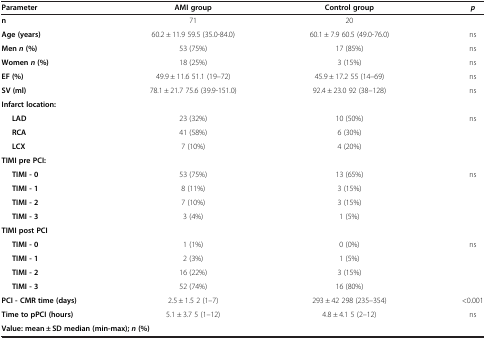
<table><thead><tr><td><b>Parameter</b></td><td><b>AMI group</b></td><td><b>Control group</b></td><td><b><i>p</i></b></td></tr></thead><tbody><tr><td><b>n</b></td><td>71</td><td>20</td><td>[EMPTY_CELL]</td></tr><tr><td><b>Age (years)</b></td><td>60.2 ± 11.9 59.5 (35.0-84.0)</td><td>60.1 ± 7.9 60.5 (49.0-76.0)</td><td>ns</td></tr><tr><td><b>Men </b><b><i>n </i></b><b>(%)</b></td><td>53 (75%)</td><td>17 (85%)</td><td>ns</td></tr><tr><td><b>Women </b><b><i>n </i></b><b>(%)</b></td><td>18 (25%)</td><td>3 (15%)</td><td>ns</td></tr><tr><td><b>EF (%)</b></td><td>49.9 ± 11.6 51.1 (19–72)</td><td>45.9 ± 17.2 55 (14–69)</td><td>ns</td></tr><tr><td><b>SV (ml)</b></td><td>78.1 ± 21.7 75.6 (39.9-151.0)</td><td>92.4 ± 23.0 92 (38–128)</td><td>ns</td></tr><tr><td><b>Infarct location:</b></td><td>[EMPTY_CELL]</td><td>[EMPTY_CELL]</td><td>[EMPTY_CELL]</td></tr><tr><td><b>LAD</b></td><td>23 (32%)</td><td>10 (50%)</td><td rowspan="3">ns</td></tr><tr><td><b>RCA</b></td><td>41 (58%)</td><td>6 (30%)</td></tr><tr><td><b>LCX</b></td><td>7 (10%)</td><td>4 (20%)</td></tr><tr><td><b>TIMI pre PCI:</b></td><td>[EMPTY_CELL]</td><td>[EMPTY_CELL]</td><td>[EMPTY_CELL]</td></tr><tr><td><b>TIMI - 0</b></td><td>53 (75%)</td><td>13 (65%)</td><td rowspan="4">ns</td></tr><tr><td><b>TIMI - 1</b></td><td>8 (11%)</td><td>3 (15%)</td></tr><tr><td><b>TIMI - 2</b></td><td>7 (10%)</td><td>3 (15%)</td></tr><tr><td><b>TIMI - 3</b></td><td>3 (4%)</td><td>1 (5%)</td></tr><tr><td><b>TIMI post PCI</b></td><td>[EMPTY_CELL]</td><td>[EMPTY_CELL]</td><td>[EMPTY_CELL]</td></tr><tr><td><b>TIMI - 0</b></td><td>1 (1%)</td><td>0 (0%)</td><td rowspan="4">ns</td></tr><tr><td><b>TIMI - 1</b></td><td>2 (3%)</td><td>1 (5%)</td></tr><tr><td><b>TIMI - 2</b></td><td>16 (22%)</td><td>3 (15%)</td></tr><tr><td><b>TIMI - 3</b></td><td>52 (74%)</td><td>16 (80%)</td></tr><tr><td><b>PCI - CMR time (days)</b></td><td>2.5 ± 1.5 2 (1–7)</td><td>293 ± 42 298 (235–354)</td><td>&lt;0.001</td></tr><tr><td><b>Time to pPCI (hours)</b></td><td>5.1 ± 3.7 5 (1–12)</td><td>4.8 ± 4.1 5 (2–12)</td><td>ns</td></tr><tr><td colspan="4"><b>Value: mean ± SD median (min-max); </b><b><i>n </i></b><b>(%)</b></td></tr></tbody></table>